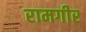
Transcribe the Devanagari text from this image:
रामगीर